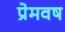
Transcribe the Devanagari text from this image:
प्रेमवष